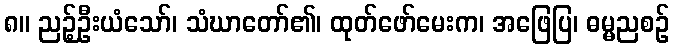
၈။ ညဉ့်ဦးယံသော်၊ သံဃာတော်၏၊ ထုတ်ဖော်မေးက၊ အဖြေပြ၊ ဓမ္မညစဉ်